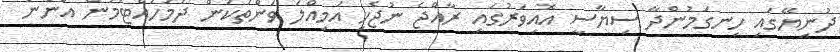
ދުނިޔޭގައި ހިނގަމުންދާ ސިޔާސީ އޮއިވަރުގައި ރާއްޖެ ނުޖެހި އަމިއްލަ ވަންތަކަން ދަމަހައްޓަމުން އަންނަ